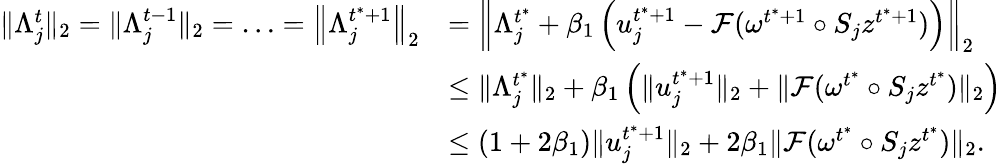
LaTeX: \begin{array}{rl}{\| \Lambda_{j}^{t}\| _{2}=\| \Lambda_{j}^{t-1}\| _{2}=\ldots=\left\| \Lambda_{j}^{t^{*}+1}\right\| _{2}}&{=\left\| \Lambda_{j}^{t^{*}}+\beta_{1}\left(u_{j}^{t^{*}+1}-\mathcal{F}(\omega^{t^{*}+1}\circ S_{j}z^{t^{*}+1})\right)\right\| _{2}}\\ &{\leq\| \Lambda_{j}^{t^{*}}\| _{2}+\beta_{1}\left(\| u_{j}^{t^{*}+1}\| _{2}+\| \mathcal{F}(\omega^{t^{*}}\circ S_{j}z^{t^{*}})\| _{2}\right)}\\ &{\leq(1+2\beta_{1})\| u_{j}^{t^{*}+1}\| _{2}+2\beta_{1}\| \mathcal{F}(\omega^{t^{*}}\circ S_{j}z^{t^{*}})\| _{2}.}\end{array}